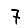
Digit: 7